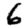
Digit: 6